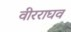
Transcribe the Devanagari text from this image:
वीरराघव